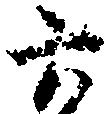
六